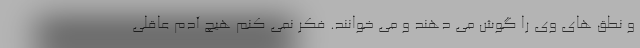
و نطق های وی را گوش می دهند و می خوانند. فکر نمی کنم هیچ آدم عاقلی